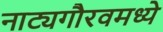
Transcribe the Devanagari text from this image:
नाट्यगौरवमध्ये